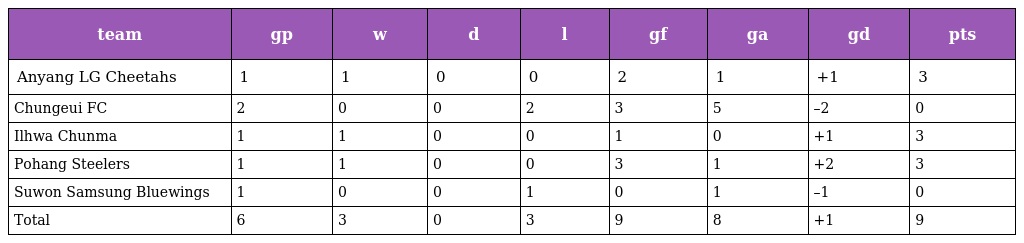
| team | gp | w | d | l | gf | ga | gd | pts |
 | --- | --- | --- | --- | --- | --- | --- | --- | --- |
 | Anyang LG Cheetahs | 1 | 1 | 0 | 0 | 2 | 1 | +1 | 3 |
 | Chungeui FC | 2 | 0 | 0 | 2 | 3 | 5 | –2 | 0 |
 | Ilhwa Chunma | 1 | 1 | 0 | 0 | 1 | 0 | +1 | 3 |
 | Pohang Steelers | 1 | 1 | 0 | 0 | 3 | 1 | +2 | 3 |
 | Suwon Samsung Bluewings | 1 | 0 | 0 | 1 | 0 | 1 | –1 | 0 |
 | Total | 6 | 3 | 0 | 3 | 9 | 8 | +1 | 9 |